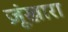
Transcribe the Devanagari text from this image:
ज़ूंखारा